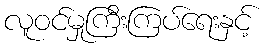
လူဝင်မှုကြီးကြပ်ရေးနှင့်